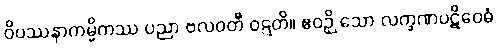
ဝိပဿနာကမ္မိကဿ ပညာ ဗလဝတီ ဝဋ္ဋတိ။ ဧဝဉှိ သော လက္ခဏပဋိဝေဓံ